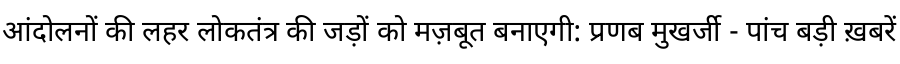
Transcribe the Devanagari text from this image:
आंदोलनों की लहर लोकतंत्र की जड़ों को मज़बूत बनाएगी: प्रणब मुखर्जी - पांच बड़ी ख़बरें